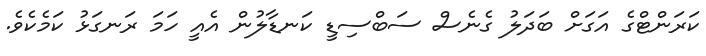
ކަރަންޓްގެ އަގަށް ބަދަލު ގެނެސް ސަބްސިޑީ ކަނޑާލުން އެއީ ހަމަ ރަނގަޅު ކަމެކެވެ.